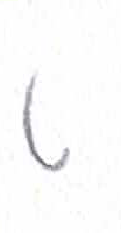
אות: ט